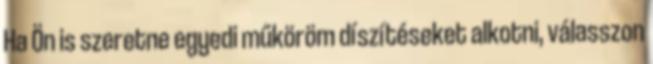
Ha Ön is szeretne egyedi műköröm díszítéseket alkotni, válasszon